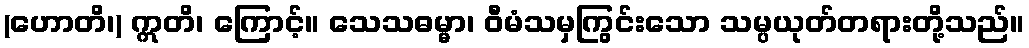
(ဟောတိ၊) ဣတိ၊ ကြောင့်။ သေသဓမ္မာ၊ ဝီမံသမှကြွင်းသော သမ္ပယုတ်တရားတို့သည်။